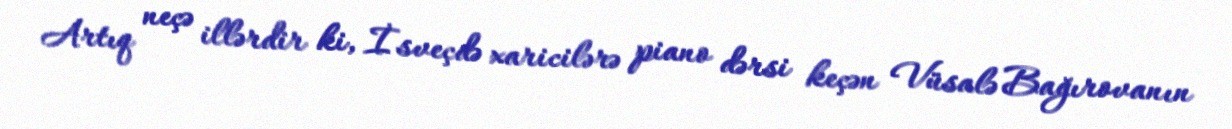
Artıq neçə illərdir ki, İsveçdə xaricilərə piano dərsi keçən Vüsalə Bağırovanın